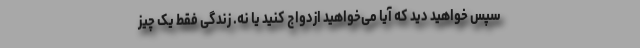
سپس خواهید دید که آیا می‌خواهید ازدواج کنید یا نه. زندگی فقط یک چیز